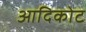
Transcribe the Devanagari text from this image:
आदिकोट